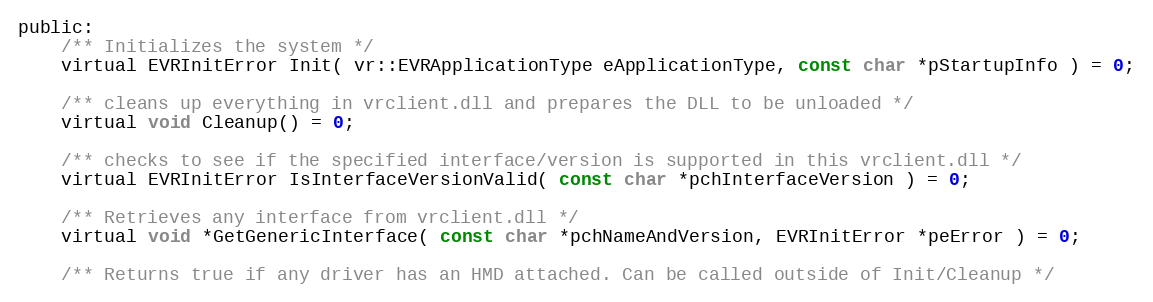
Language: C
public:
	/** Initializes the system */
	virtual EVRInitError Init( vr::EVRApplicationType eApplicationType, const char *pStartupInfo ) = 0;

	/** cleans up everything in vrclient.dll and prepares the DLL to be unloaded */
	virtual void Cleanup() = 0;

	/** checks to see if the specified interface/version is supported in this vrclient.dll */
	virtual EVRInitError IsInterfaceVersionValid( const char *pchInterfaceVersion ) = 0;

	/** Retrieves any interface from vrclient.dll */
	virtual void *GetGenericInterface( const char *pchNameAndVersion, EVRInitError *peError ) = 0;

	/** Returns true if any driver has an HMD attached. Can be called outside of Init/Cleanup */